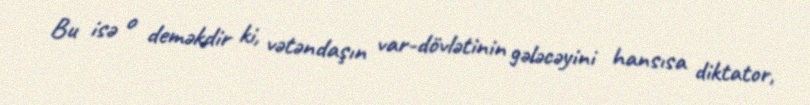
Bu isə o deməkdir ki, vətəndaşın var-dövlətinin gələcəyini hansısa diktator,